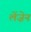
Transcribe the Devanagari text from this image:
लेंज़ेन